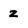
Character: z